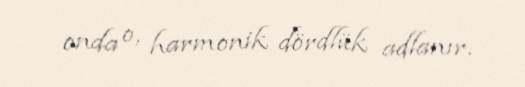
onda o, harmonik dördlük adlanır.